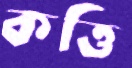
কত্তি